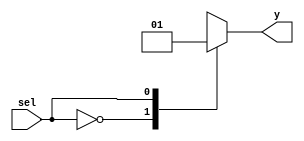
module coverage_test(
	input sel,
	output reg y
);

always @(sel) begin
	case(sel)
		1'b0 : y = 1'b0;
		1'b1 : y = 1'b1;
		1'bz : y = 1'bz;
		1'bx : y = 1'bx;
		default : y = 1'b?;
	endcase
end

endmodule